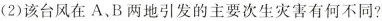
(2)该台风在A、B两地引发的主要次生灾害有何不同?